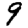
Digit: 9